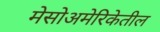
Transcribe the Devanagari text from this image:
मेसोअमेरिकेतील